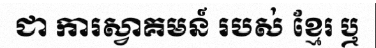
ជា ការស្វាគមន៍ របស់ ខ្មែរ ឬ